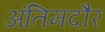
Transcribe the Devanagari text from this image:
अंतिमदौर